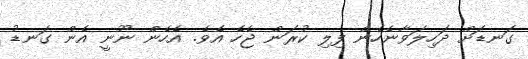
ގަނޑަށް ދަހިލަވާނެހެން ފިލި ކުރަން ޖެހެ އެވެ. އެހެން ނޫނީ އެން ގަނޑު